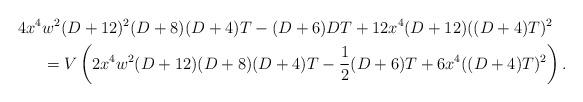
LaTeX: \begin{align*}4x^4 & w^2 (D+12)^2 (D+8)(D+4)T - (D+6)DT + 12x^4(D+12)((D+4)T)^2 \\ &= V \left( 2x^4w^2(D+12)(D+8)(D+4)T - \frac{1}{2}(D+6)T + 6x^4((D+4)T)^2 \right).\end{align*}